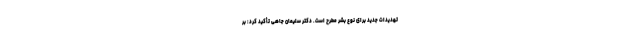
تهدیدات جدید برای نوع بشر مطرح است. دکتر سلیمان جاهی تأکید کرد: بر